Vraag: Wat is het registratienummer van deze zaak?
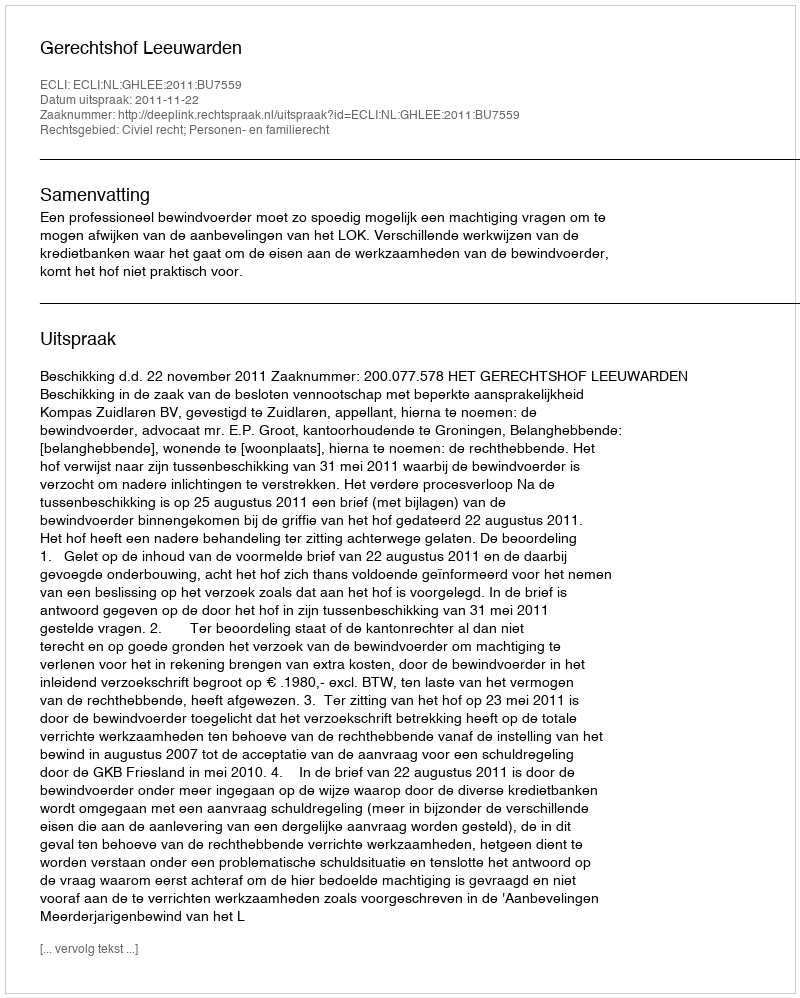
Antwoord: http://deeplink.rechtspraak.nl/uitspraak?id=ECLI:NL:GHLEE:2011:BU7559